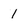
Character: 1